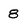
Character: 8